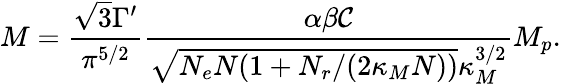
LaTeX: M=\frac{\sqrt{3}\Gamma^{\prime}}{\pi^{5/2}}\frac{\alpha\beta{\cal C}}{\sqrt{N_{e}N(1+N_{r}/(2\kappa_{M}N))}\kappa_{M}^{3/2}}M_{p}.